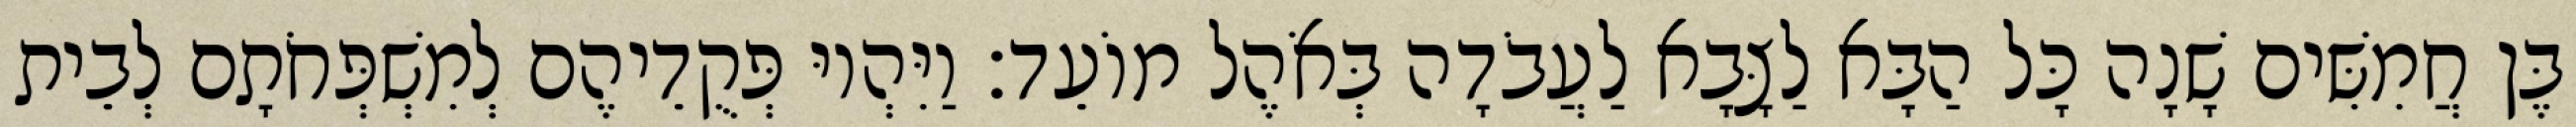
בֶּן חֲמִשִּׁים שָׁנָה כָּל הַבָּא לַצָּבָא לַעֲבֹדָה בְּאֹהֶל מוֹעֵד׃ וַיִּהְיוּ פְּקֻדֵיהֶם לְמִשְׁפְּחֹתָם לְבֵית